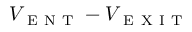
V _ { \mathrm { ~ E ~ N ~ T ~ } } - V _ { \mathrm { ~ E ~ X ~ I ~ T ~ } }